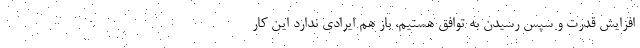
افزایش قدرت و سپس رسیدن به توافق هستیم، باز هم ایرادی ندارد این کار